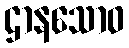
ဌာနသောဝ